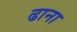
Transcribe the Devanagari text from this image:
ढाना